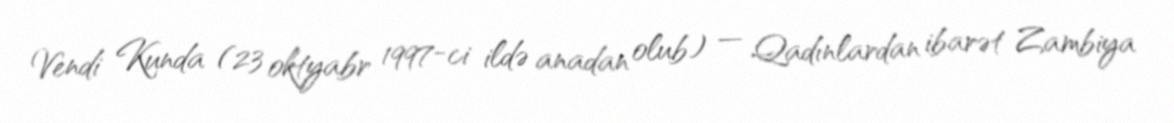
Vendi Kunda (23 oktyabr 1997-ci ildə anadan olub) — Qadınlardan ibarət Zambiya